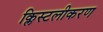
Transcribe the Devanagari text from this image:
क्लिस्टलीकरण